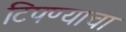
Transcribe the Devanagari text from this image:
टिपण्याचा